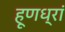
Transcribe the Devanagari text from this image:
हूणध्रां